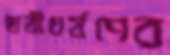
ছাত্রীধর্ষণের